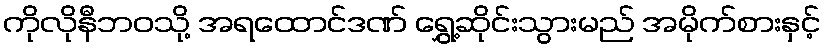
ကိုလိုနီဘဝသို့ အရထောင်ဒဏ် ရွှေ့ဆိုင်းသွားမည် အမိုက်စားနှင့်